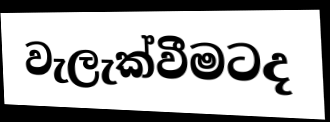
වැලැක්වීමටද